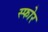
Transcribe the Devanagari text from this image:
स्फोर